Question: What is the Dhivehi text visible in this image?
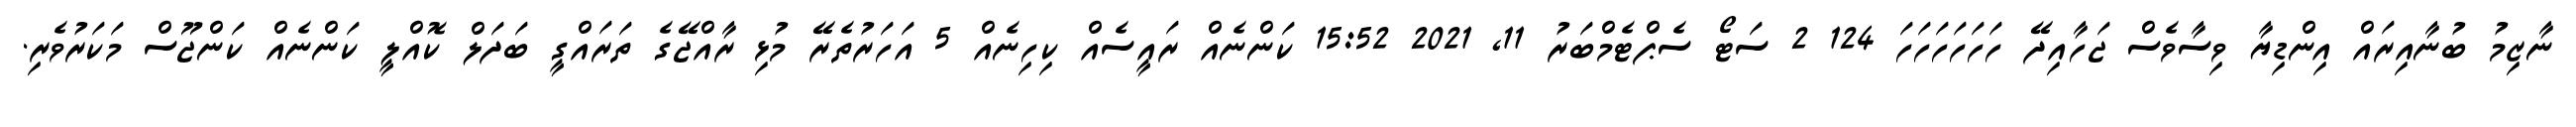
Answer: ނާޒިމު ބުނާއިރައް އިންޑިޔާ ވިސާވެސް ޖަހާއިދޭ ހަހަހަހަހަހަ 124 2 ސަޓޯ ސެޕްޓެމްބަރު 11, 2021 15:52 ކަންނެއް ރައީސެއް ކިހިނެއް 5 އަހަރުތެރޭ މުޅި ރާއްޖޭގެ ތަރައްގީ ބަދަލް ކޮއްލީ ކަންނެއް ކަންޖޫސް މަކަރުވެރި.